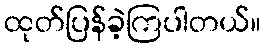
ထုတ်ပြန်ခဲ့ကြပါတယ်။